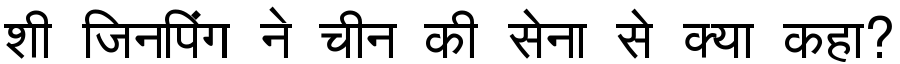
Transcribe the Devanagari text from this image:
शी जिनपिंग ने चीन की सेना से क्या कहा?